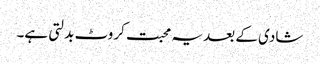
شادی کے بعد یہ محبت کروٹ بدلتی ہے۔